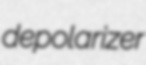
depolarizer